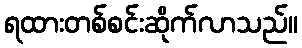
ရထားတစ်စင်းဆိုက်လာသည်။